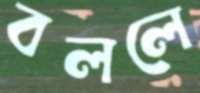
বললে